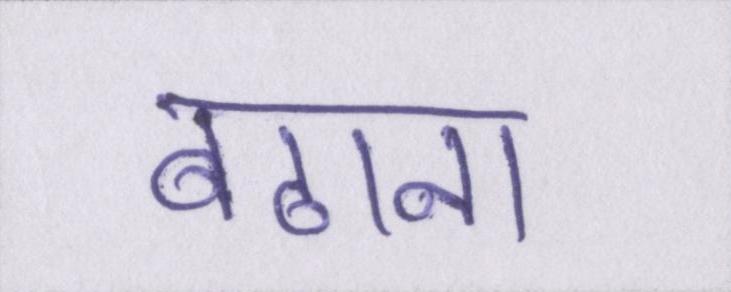
बढाना